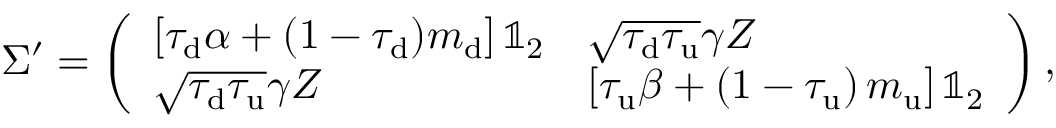
\Sigma ^ { \prime } = \left( \begin{array} { l l } { \left[ \tau _ { \mathrm { d } } \alpha + ( 1 - \tau _ { \mathrm { d } } ) m _ { \mathrm { d } } \right] \mathbb { 1 } _ { 2 } } & { \sqrt { \tau _ { \mathrm { d } } \tau _ { \mathrm { u } } } \gamma Z } \\ { \sqrt { \tau _ { \mathrm { d } } \tau _ { \mathrm { u } } } \gamma Z } & { \left[ \tau _ { \mathrm { u } } \beta + \left( 1 - \tau _ { \mathrm { u } } \right) m _ { \mathrm { u } } \right] \mathbb { 1 } _ { 2 } } \end{array} \right) ,